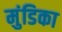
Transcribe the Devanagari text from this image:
मुंडिका